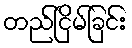
တည်ငြိမ်ခြင်း